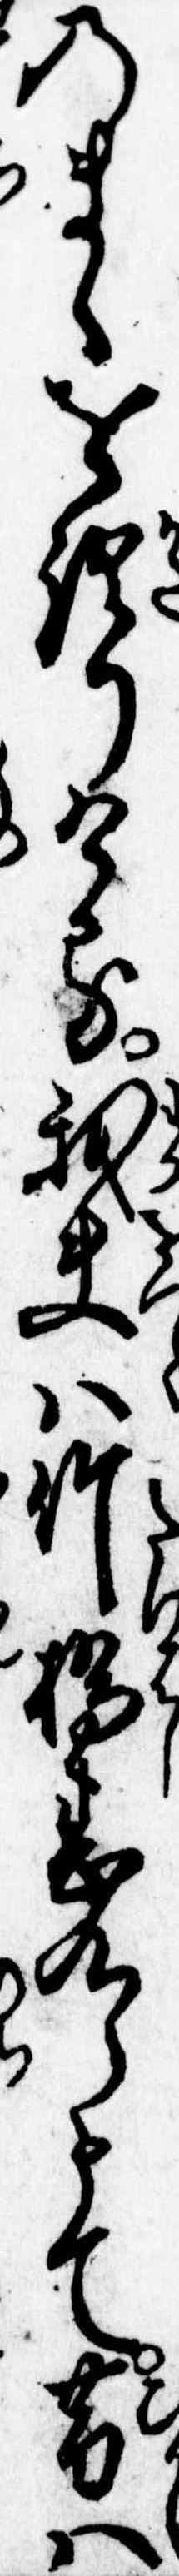
のまゝを語りける我夫は竹橋甚九郎とて昔は